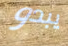
يبدو